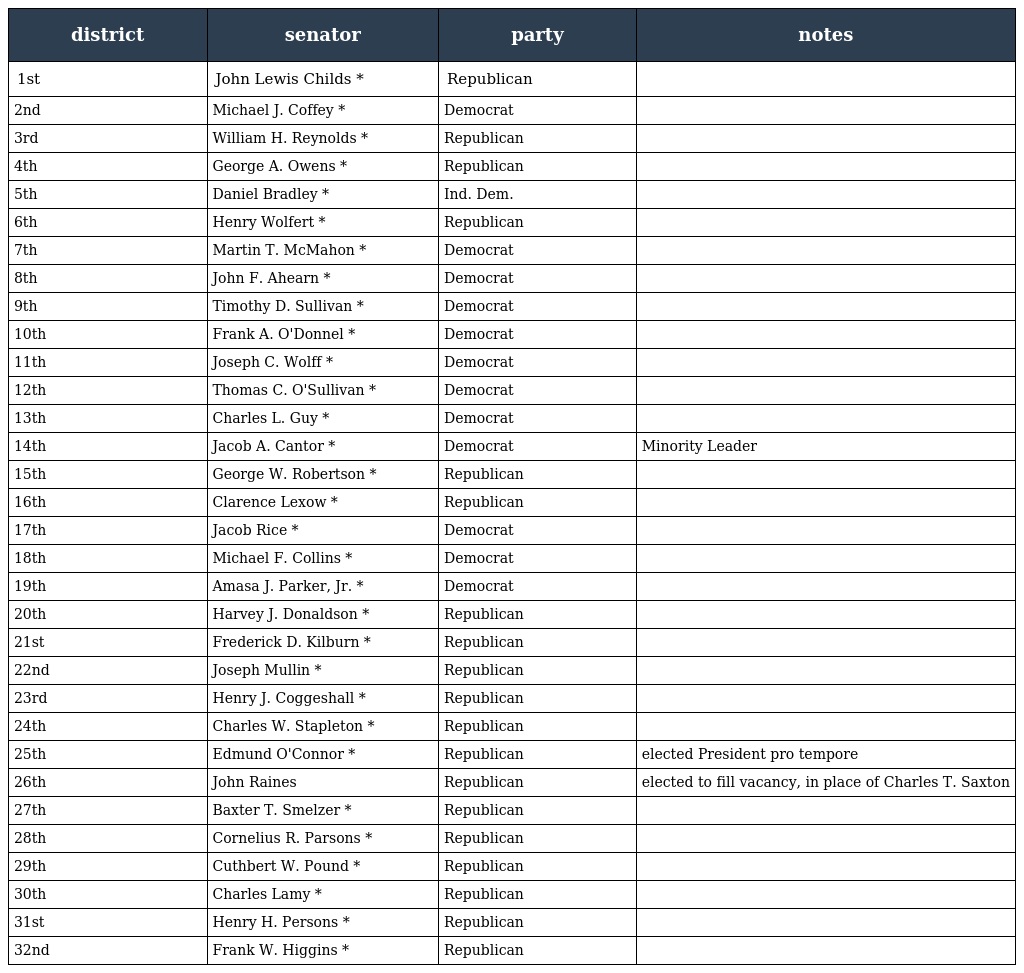
| district | senator | party | notes |
 | --- | --- | --- | --- |
 | 1st | John Lewis Childs * | Republican |  |
 | 2nd | Michael J. Coffey * | Democrat |  |
 | 3rd | William H. Reynolds * | Republican |  |
 | 4th | George A. Owens * | Republican |  |
 | 5th | Daniel Bradley * | Ind. Dem. |  |
 | 6th | Henry Wolfert * | Republican |  |
 | 7th | Martin T. McMahon * | Democrat |  |
 | 8th | John F. Ahearn * | Democrat |  |
 | 9th | Timothy D. Sullivan * | Democrat |  |
 | 10th | Frank A. O'Donnel * | Democrat |  |
 | 11th | Joseph C. Wolff * | Democrat |  |
 | 12th | Thomas C. O'Sullivan * | Democrat |  |
 | 13th | Charles L. Guy * | Democrat |  |
 | 14th | Jacob A. Cantor * | Democrat | Minority Leader |
 | 15th | George W. Robertson * | Republican |  |
 | 16th | Clarence Lexow * | Republican |  |
 | 17th | Jacob Rice * | Democrat |  |
 | 18th | Michael F. Collins * | Democrat |  |
 | 19th | Amasa J. Parker, Jr. * | Democrat |  |
 | 20th | Harvey J. Donaldson * | Republican |  |
 | 21st | Frederick D. Kilburn * | Republican |  |
 | 22nd | Joseph Mullin * | Republican |  |
 | 23rd | Henry J. Coggeshall * | Republican |  |
 | 24th | Charles W. Stapleton * | Republican |  |
 | 25th | Edmund O'Connor * | Republican | elected President pro tempore |
 | 26th | John Raines | Republican | elected to fill vacancy, in place of Charles T. Saxton |
 | 27th | Baxter T. Smelzer * | Republican |  |
 | 28th | Cornelius R. Parsons * | Republican |  |
 | 29th | Cuthbert W. Pound * | Republican |  |
 | 30th | Charles Lamy * | Republican |  |
 | 31st | Henry H. Persons * | Republican |  |
 | 32nd | Frank W. Higgins * | Republican |  |